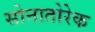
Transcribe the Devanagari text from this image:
सोनातोरेक